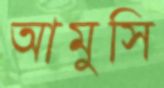
আমুসি